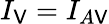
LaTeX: I_{\mathsf{V}}=I_{A\mathsf{V}}